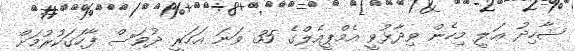
ޝާހިދު ޢަލީ މިހެން ވިދާޅުވީ އެމްޕީއެލްގެ 35 ވަނަ އަހަރީ ދުވަސް ފާހަގަކުރުމަށް